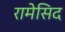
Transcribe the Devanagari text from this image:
रामेसिद